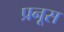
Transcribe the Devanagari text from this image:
प्रनूस